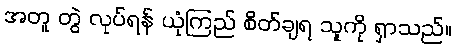
အတူ တွဲ လုပ်ရန် ယုံကြည် စိတ်ချရ သူကို ရှာသည်။